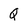
Character: Q